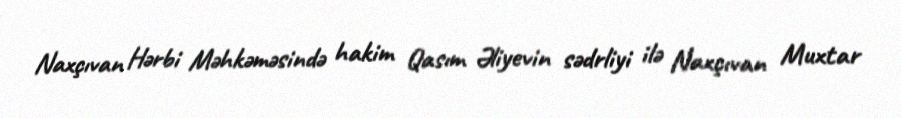
Naxçıvan Hərbi Məhkəməsində hakim Qasım Əliyevin sədrliyi ilə Naxçıvan Muxtar